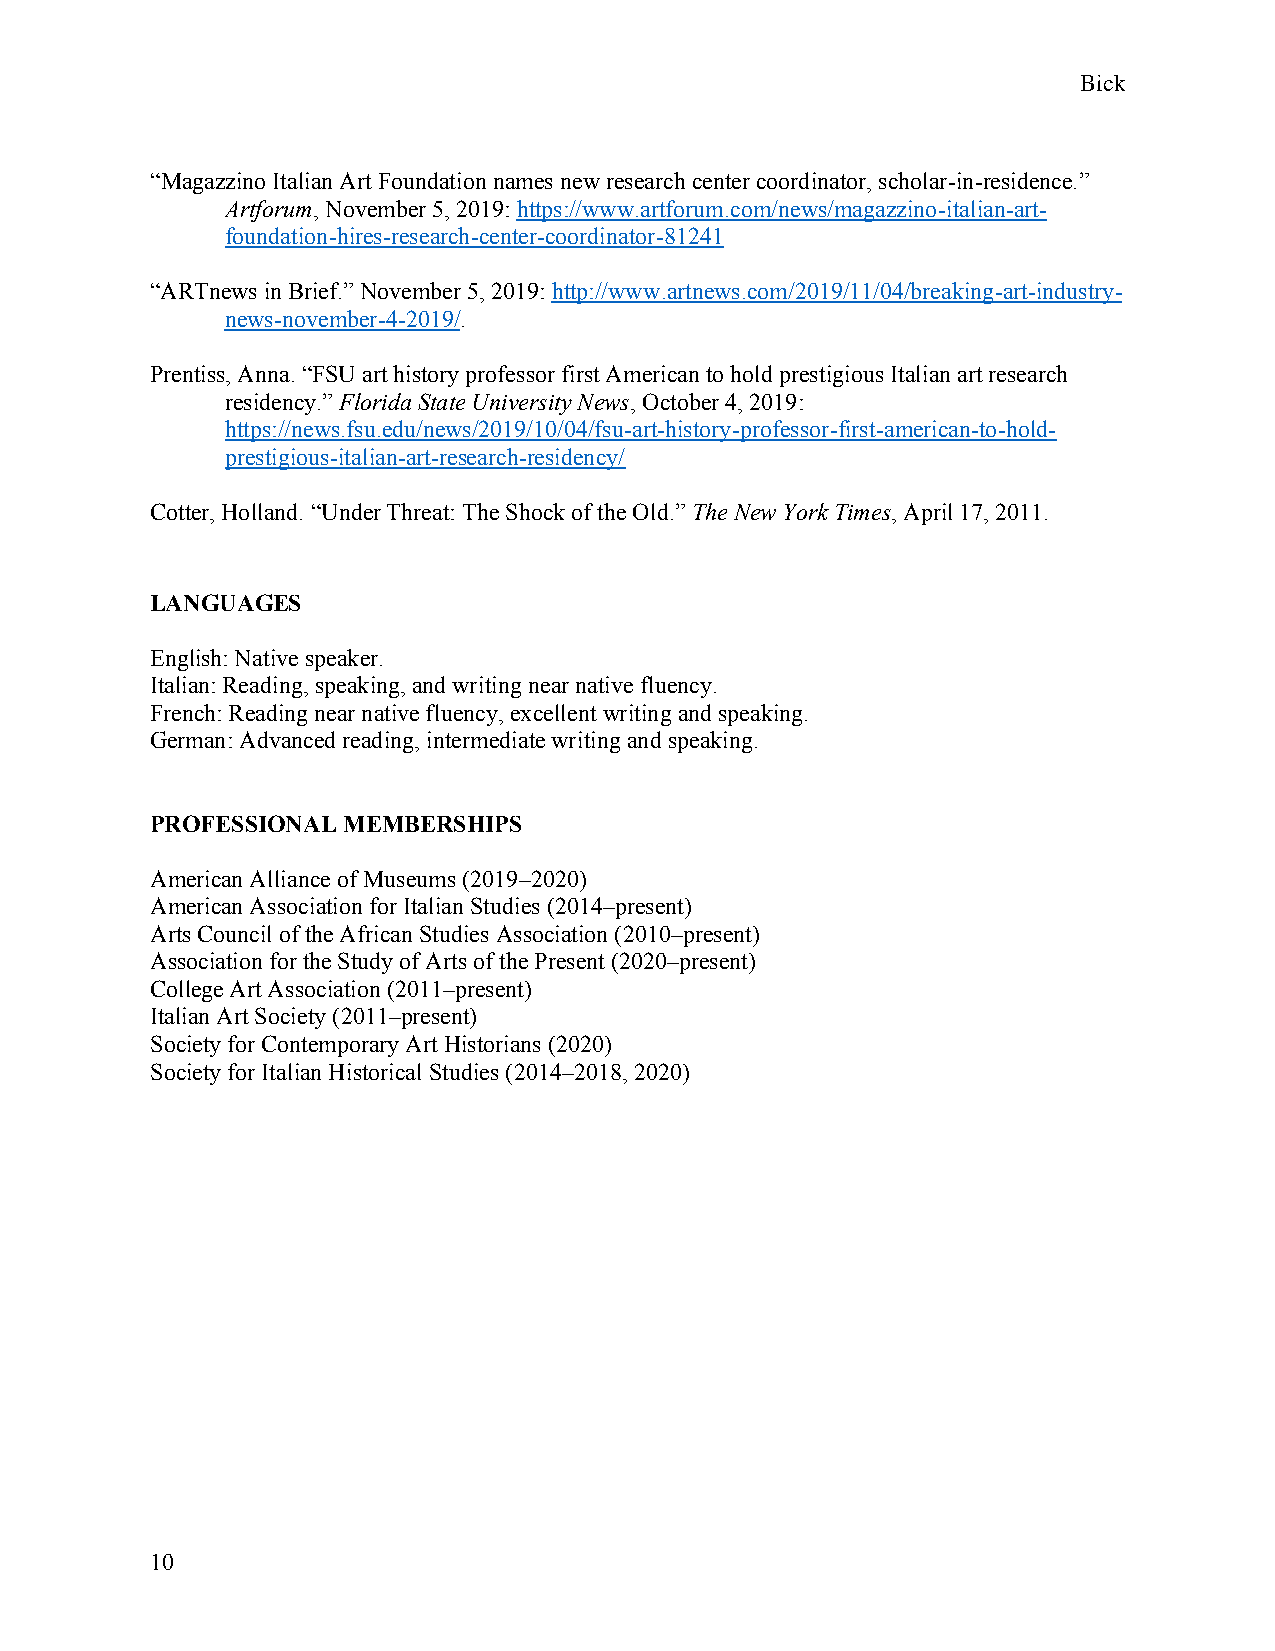
Bick
 “Magazzino Italian Art Foundation names new research center coordinator, scholar-in-residence.”
 Artforum, November 5, 2019: https://www.artforum.com/news/magazzino-italian-art-
 foundation-hires-research-center-coordinator-81241
 “ARTnews in Brief.” November 5, 2019: http://www.artnews.com/2019/11/04/breaking-art-industry-
 news-november-4-2019/.
 Prentiss, Anna. “FSU art history professor first American to hold prestigious Italian art research
 residency.” Florida State University News, October 4, 2019:
 https://news.fsu.edu/news/2019/10/04/fsu-art-history-professor-first-american-to-hold-
 prestigious-italian-art-research-residency/
 Cotter, Holland. “Under Threat: The Shock of the Old.” The New York Times, April 17, 2011.
 LANGUAGES
 English: Native speaker.
 Italian: Reading, speaking, and writing near native fluency.
 French: Reading near native fluency, excellent writing and speaking.
 German: Advanced reading, intermediate writing and speaking.
 PROFESSIONAL MEMBERSHIPS
 American Alliance of Museums (2019–2020)
 American Association for Italian Studies (2014–present)
 Arts Council of the African Studies Association (2010–present)
 Association for the Study of Arts of the Present (2020–present)
 College Art Association (2011–present)
 Italian Art Society (2011–present)
 Society for Contemporary Art Historians (2020)
 Society for Italian Historical Studies (2014–2018, 2020)
 10